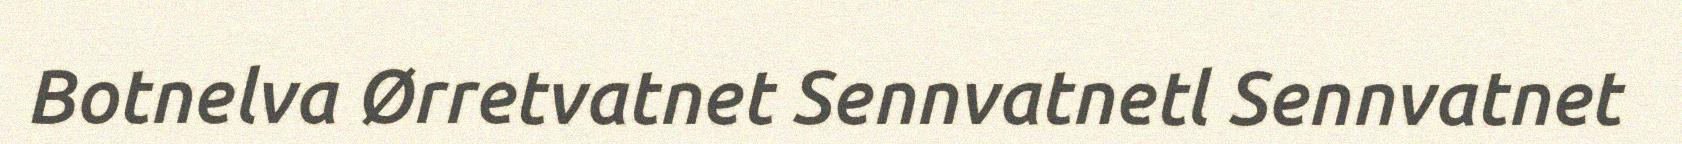
Botnelva Ørretvatnet Sennvatnetl Sennvatnet